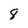
Character: 8